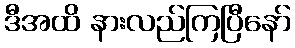
ဒီအထိ နားလည်ကြပြီနော်